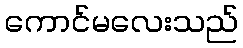
ကောင်မလေးသည်